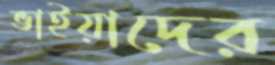
ভাইয়াদের